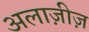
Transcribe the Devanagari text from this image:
अलाज़ीज़